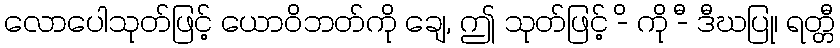
လောပေါသုတ်ဖြင့် ယောဝိဘတ်ကို ချေ, ဤ သုတ်ဖြင့် -ိ ကို -ီ ဒီဃပြု၊ ရတ္တီ